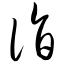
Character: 诣